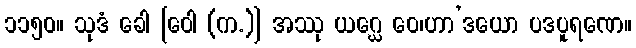
၁၁၅၀။ သုဒံ ခေါ [ဝေါ (က.)] အဿု ယဂ္ဃေ ဝေ၊ဟာ’ဒယော ပဒပူရဏေ။